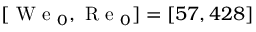
[ \mathrm { ~ W ~ e ~ } _ { 0 } , \mathrm { ~ R ~ e ~ } _ { 0 } ] = [ 5 7 , 4 2 8 ]